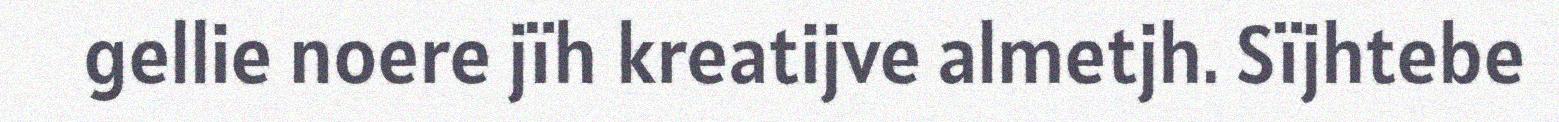
gellie noere jïh kreatijve almetjh. Sïjhtebe